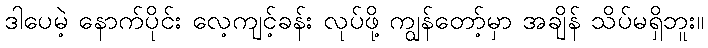
ဒါပေမဲ့ နောက်ပိုင်း လေ့ကျင့်ခန်း လုပ်ဖို့ ကျွန်တော့်မှာ အချိန် သိပ်မရှိဘူး။